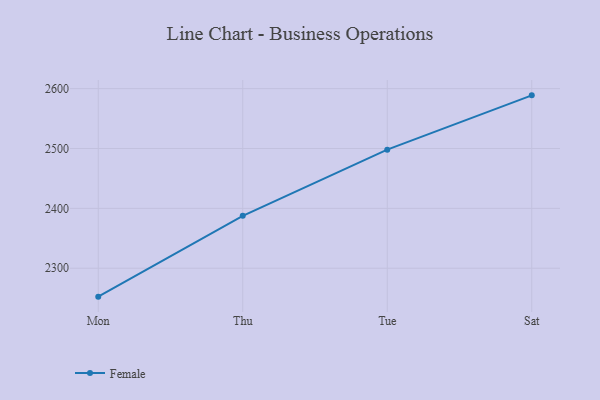
{"axis": {"x": "Day", "y": "Backlog"}, "legend": ["Female"], "data": [{"x": "Mon", "y": 2252.5, "type": "Female"}, {"x": "Thu", "y": 2387.5, "type": "Female"}, {"x": "Tue", "y": 2498.1, "type": "Female"}, {"x": "Sat", "y": 2588.8, "type": "Female"}]}